Civil Veterinary Dept. Assam report 1911-1927 - 1911-1927
Year: 1911
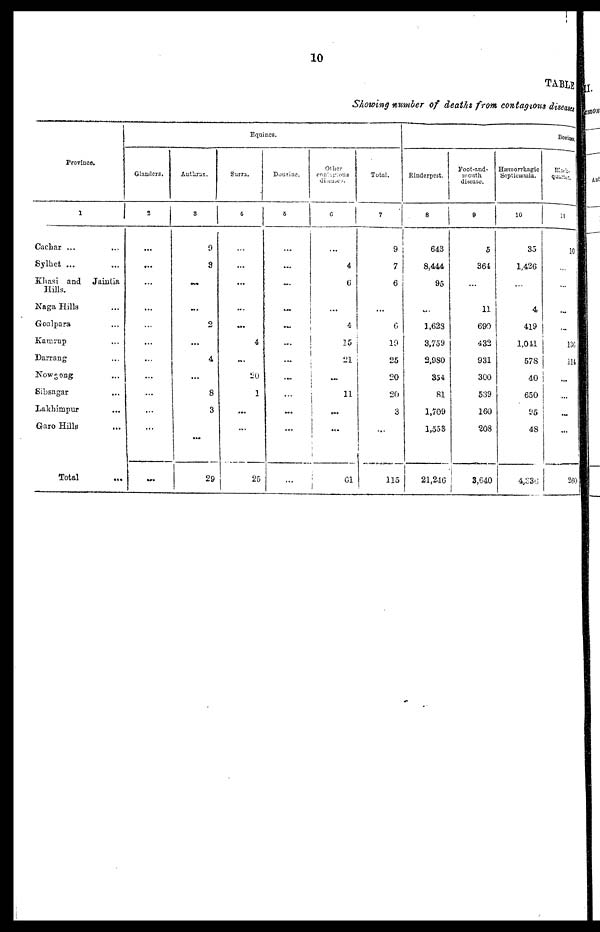
10
TABLB
Showing number of deaths from, contagions diseates
Province.
1
Cachar ...
Sylbet ...
khasi
and
Jaintia
Hills.
Naga Hills
Goalpara
Karorup
Darrang
Nowgong
Sibsagar
Lakhimpur
Garo Hills
Total
Equines.
Glanders,
2
...
...
...
...
...
...
...
...
Anthrax.
3
9
3
...
...
2
...
4
...
8
3
...
29
Surra.
4
...
...
...
...
4
...
20
1
...
...
25
Dourine.
5
...
...
...
...
...
...
...
Other
contagious
diseases.
C
4
6
...
4
15
21
...
11
...
61
Total.
7
9
7
6
...
6
19
25
20
20
3
115
Bovines
Rinderpest.
8
643
8,444
95
...
1,628
3,759
2,980
354
81
1,709
1,558
21,246
Foot-and-
mouth
disease.
9
5
364
n
690
432
931
300
539
160
208
3,640
Hæmorrhagic
Septicæmia.
10
35
1,426
4
419
1,041
578
40
650
95
48
4,330
Black
quurter.
11
10
...
...
136
114
...
...
...
...
260